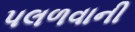
પલળવાની